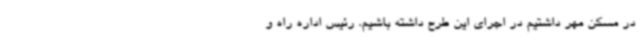
در مسکن مهر داشتیم در اجرای این طرح داشته باشیم. رئیس اداره راه و